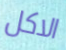
الاكل